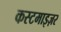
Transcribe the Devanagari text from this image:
कस्टमाइज़र